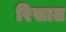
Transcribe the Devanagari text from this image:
रिसात